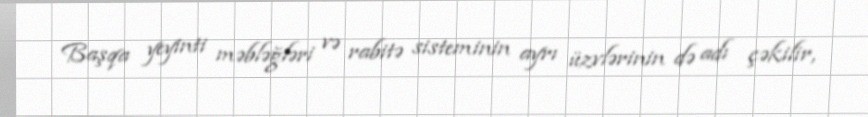
Başqa yeyinti məbləğləri və rabitə sisteminin ayrı üzvlərinin də adı çəkilir,